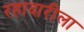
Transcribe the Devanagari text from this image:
रहादारीला